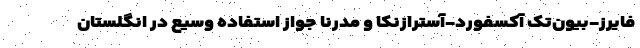
فایرز-بیون‌تک آکسفورد-آسترازنکا و مدرنا جواز استفاده وسیع در انگلستان